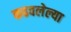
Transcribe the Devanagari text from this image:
कढवलेल्या